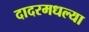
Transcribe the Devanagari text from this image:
दादरमधल्या